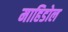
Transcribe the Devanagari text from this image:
माहिडोल